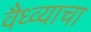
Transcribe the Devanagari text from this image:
वैध्व्याचा